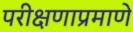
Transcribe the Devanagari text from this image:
परीक्षणाप्रमाणे